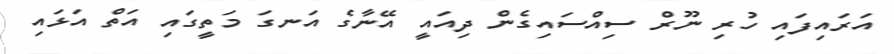
އަރައިފައި ހުރި ނޫރް ސިއްސައިގެން ދިއައީ އޭނާގެ އަނގަ މަތީގައި އަތް އަޅައި